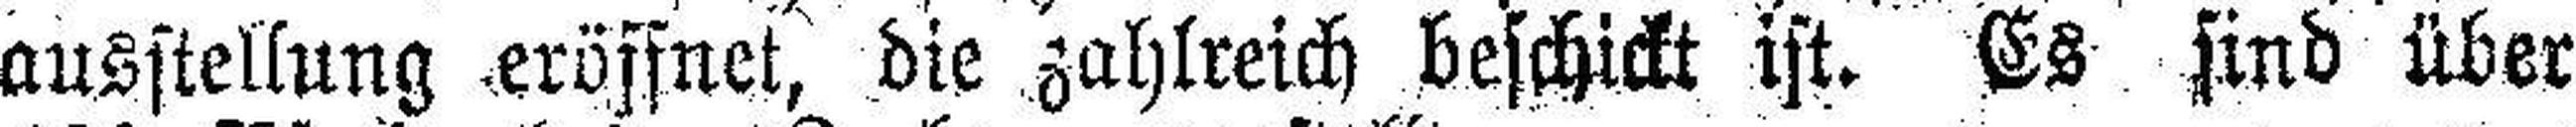
ausstellung eröffnet, die zahlreich beschickt ist. Es sind über